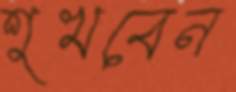
শুখবেন